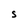
Character: S